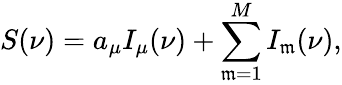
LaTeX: S(\nu)=a_{\mu}I_{\mu}(\nu)+\sum_{\mathfrak{m}=1}^{M}I_{\mathfrak{m}}(\nu),